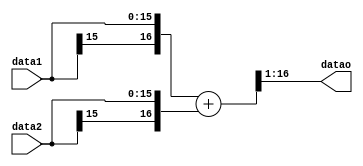
module add_end(
input [15:0] data1,
input [15:0] data2,
output [15:0] datao
);

wire [16:0] data1t={data1[15],data1};
wire [16:0] data2t={data2[15],data2};
wire [16:0] dataot=data1t+data2t;
wire [15:0] dataott=dataot[16:1];
assign datao=dataott;

endmodule